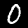
Digit: 0